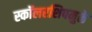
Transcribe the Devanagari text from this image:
स्कॉलरशिपमुळे